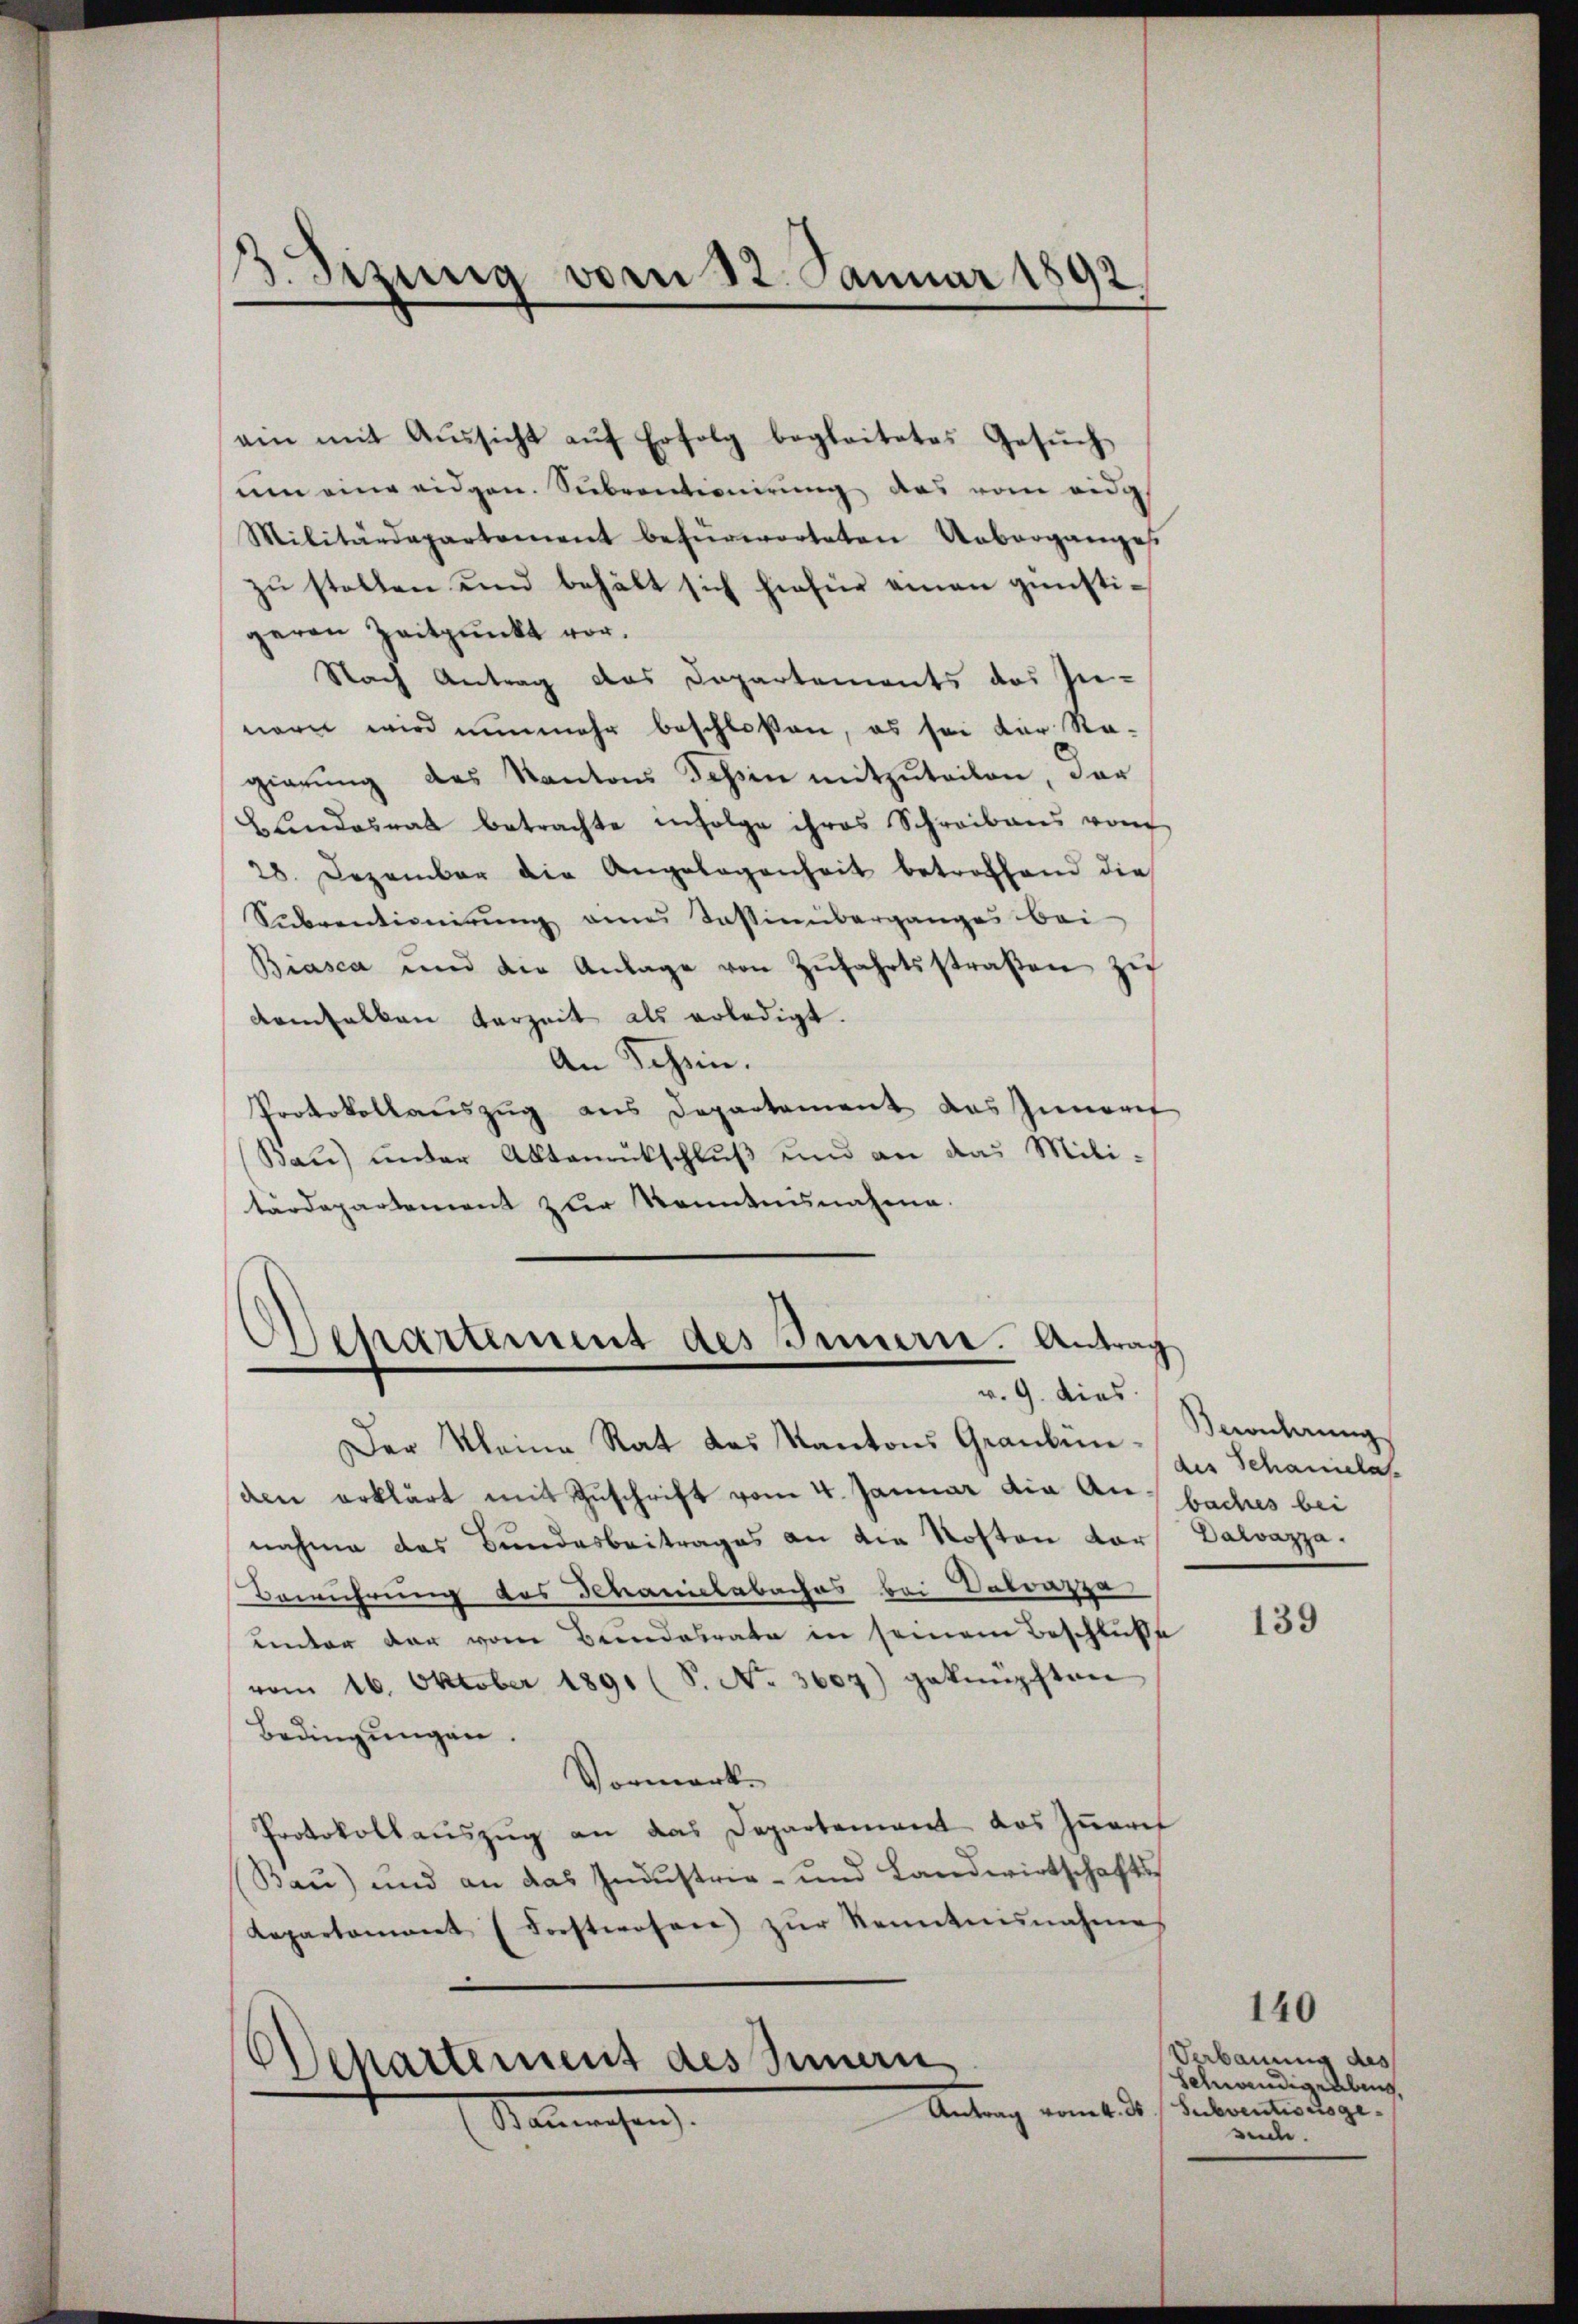
3. Sizung vom 12. Januar 1892

ain mit Aŭssicht aŭf Erfolg begleitetes Gesŭch
nen eine eidgen. Subventionirung das vom eidig
Militärdepartement befürworteten Ueberganges
zŭ stellen und behält sich hiefür einen günstigeren Zeitpunkt vor.
Nach Antrag das Departements des In-
nern wird nunmehr beschloßen, es sei der Re-
gierŭng des Kantons Tessin mitzuteilen, der
Bŭndesrat betrachte infolge ihres Schreibens von
28. Dezember die Angelegenheit betroffend die
Subventionirung eines Tassinüberganges bei
Biasca und die Anlage von Zŭfahrtsstraβen zŭ
demhalten Verzeit als erledigt.
An Schein.
Protokollauszug aus Departement das Innert
Bau) unter Aktenrückschluß und an das Militardepartement zur Kenntnisnahme.

Departement des Innern. Antrag
v. 9. dies

Der Kleine Rat des Kantons Graubün-Bernherŭng
den erklärt mit Zuschrift vom 4. Januar die Ansbaches bei
nahme das Bundesbeitrages an die Roston Kors Dalvazza¬
Berührung des Schanielabaches bei Datrazza
unter der vom Brandabrate in seinem Beschluße
vom 16. Oktober 1891 (S. No. 3607) geknüpften
Bedingungen.
Vormerk
Protokollauszug an das Departement das Zuers
Bau) und an das Industrie- und Landwirtschafts¬
Repartement Forstwesen zŭr Kenntnisnahme
Departement des Innern
Antrag vom 4. ds Subventionsge¬
Stammenchen

des Schaniela

139

140

Verbauung des
Schändigrabung
rede.